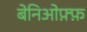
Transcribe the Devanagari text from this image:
बेनिओफ़्फ़